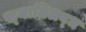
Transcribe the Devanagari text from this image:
ख्‍यातिलब्‍ध